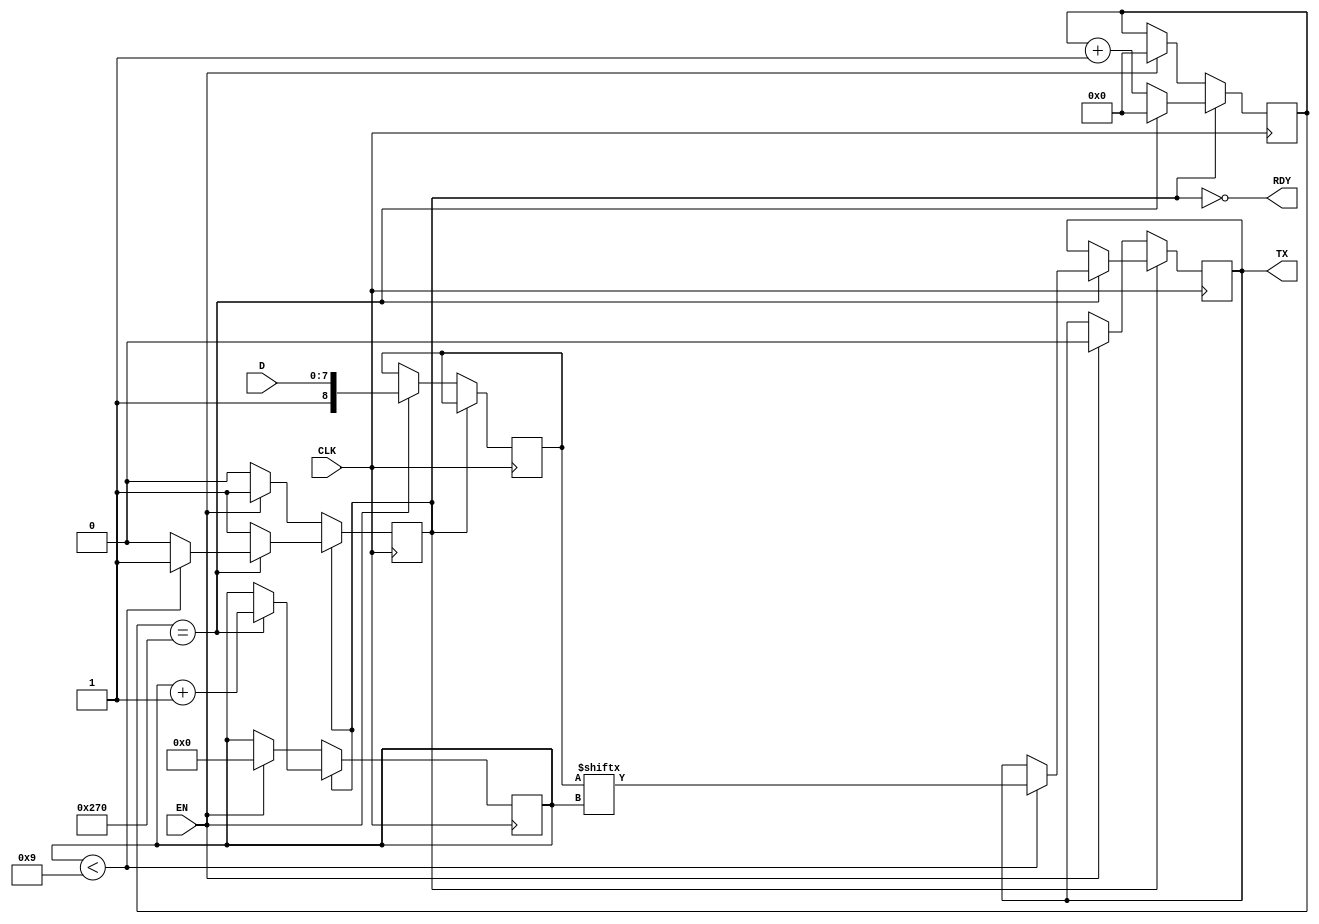
`default_nettype none

module uart_tx(
	input wire CLK,
	output reg TX,
	output wire RDY,
	input wire [7:0] D,
	input wire EN
);

reg [11:0] counter;
reg [3:0] bitidx;
reg active;

assign RDY = !active;

localparam MAX_CNT = 625;

initial counter = 0;
initial active = 0;
initial TX = 1;

reg [8:0] data;

always @(posedge CLK) begin
	if (!active) begin
		if (EN) begin
			active <= 1;
			counter <= 0;
			TX <= 0;
			bitidx <= 0;
			data <= {1'b1, D};
		end
	end else begin
		if (counter == MAX_CNT - 1) begin
			counter <= 0;
			bitidx <= bitidx + 1;
			if (bitidx < 9) begin
				TX <= data[bitidx];
			end else begin
				active <= 0;
			end
		end else
			counter <= counter + 1;
	end
end

endmodule

module uart_rx(
	input wire CLK,
	input wire RX,
	output reg [7:0] D,
	output reg EN,
	output reg ERR
);

reg [11:0] counter;
reg [3:0] bitidx;
reg [3:0] state;
reg rx_tmp, rx_s;

localparam STATE_IDLE = 0;
localparam STATE_START = 1;
localparam STATE_DATA = 2;
localparam STATE_STOP = 3;

localparam MAX_CNT = 625 - 1;

initial counter = 0;
initial EN = 0;
initial D = 0;
initial ERR = 0;
initial state = STATE_IDLE;
initial rx_tmp <= 1;
initial rx_s <= 1;

always @(posedge CLK) begin
	rx_tmp <= RX;
	rx_s <= rx_tmp;
	EN <= 0;
	ERR <= 1'bx;
	if (counter)
		counter <= counter - 1;
	else case (state)
		STATE_IDLE: begin
			if (!rx_s) begin
				counter <= MAX_CNT / 2;
				state <= STATE_START;
				bitidx <= 0;
			end
		end
		STATE_START:
		begin
			counter <= MAX_CNT;
			if (rx_s) begin
				EN <= 1;
				ERR <= 1;
				state <= STATE_IDLE;
			end else begin
				state <= STATE_DATA;
			end
		end
		STATE_DATA:
		begin
			counter <= MAX_CNT;
			D <= {rx_s, D[7:1]};
			bitidx <= bitidx + 1;
			if (bitidx == 7)
				state <= STATE_STOP;
		end
		STATE_STOP:
		begin
			if (rx_s) begin
				EN <= 1;
				ERR <= 0;
				state <= STATE_IDLE;
			end else begin
				EN <= 1;
				ERR <= 1;
				state <= STATE_IDLE;
			end
		end
	endcase
end

endmodule